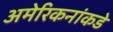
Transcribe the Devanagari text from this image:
अमेरिकनांकडे